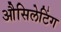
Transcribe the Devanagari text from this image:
औसिलेटिंग